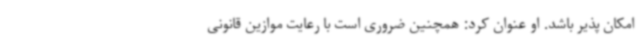
امکان پذیر باشد. او عنوان کرد: همچنین ضروری است با رعایت موازین قانونی